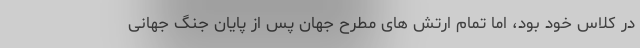
در کلاس خود بود، اما تمام ارتش های مطرح جهان پس از پایان جنگ جهانی